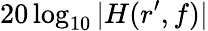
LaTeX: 20\log_{10}|H(r^{\prime},f)|